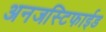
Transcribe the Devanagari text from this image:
अनजस्टिफाईड